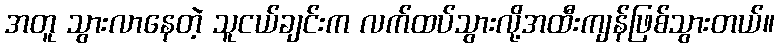
အတူ သွားလာနေတဲ့ သူငယ်ချင်းက လက်ထပ်သွားလို့အထီးကျန်ဖြစ်သွားတယ်။